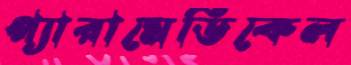
প্যারামেডিকেল